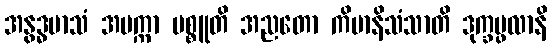
အနွဒ္ဓမာသံ အပက္ကာ မစ္စူတိ အညတော ကိမာနိသံသာတိ ဒုက္ခပ္ဖလာနိ